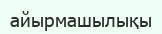
айырмашылықы